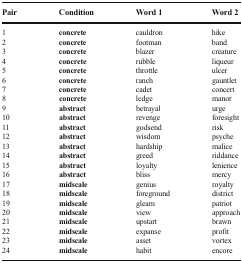
<table><thead><tr><td><b>Pair</b></td><td><b>Condition</b></td><td><b>Word 1</b></td><td><b>Word 2</b></td></tr></thead><tbody><tr><td>1</td><td><b>concrete</b></td><td>cauldron</td><td>hike</td></tr><tr><td>2</td><td><b>concrete</b></td><td>footman</td><td>band</td></tr><tr><td>3</td><td><b>concrete</b></td><td>blazer</td><td>creature</td></tr><tr><td>4</td><td><b>concrete</b></td><td>rubble</td><td>liqueur</td></tr><tr><td>5</td><td><b>concrete</b></td><td>throttle</td><td>ulcer</td></tr><tr><td>6</td><td><b>concrete</b></td><td>ranch</td><td>gauntlet</td></tr><tr><td>7</td><td><b>concrete</b></td><td>cadet</td><td>concert</td></tr><tr><td>8</td><td><b>concrete</b></td><td>ledge</td><td>manor</td></tr><tr><td>9</td><td><b>abstract</b></td><td>betrayal</td><td>urge</td></tr><tr><td>10</td><td><b>abstract</b></td><td>revenge</td><td>foresight</td></tr><tr><td>11</td><td><b>abstract</b></td><td>godsend</td><td>risk</td></tr><tr><td>12</td><td><b>abstract</b></td><td>wisdom</td><td>psyche</td></tr><tr><td>13</td><td><b>abstract</b></td><td>hardship</td><td>malice</td></tr><tr><td>14</td><td><b>abstract</b></td><td>greed</td><td>riddance</td></tr><tr><td>15</td><td><b>abstract</b></td><td>loyalty</td><td>lenience</td></tr><tr><td>16</td><td><b>abstract</b></td><td>bliss</td><td>mercy</td></tr><tr><td>17</td><td><b>midscale</b></td><td>genius</td><td>royalty</td></tr><tr><td>18</td><td><b>midscale</b></td><td>foreground</td><td>district</td></tr><tr><td>19</td><td><b>midscale</b></td><td>gleam</td><td>patriot</td></tr><tr><td>20</td><td><b>midscale</b></td><td>view</td><td>approach</td></tr><tr><td>21</td><td><b>midscale</b></td><td>upstart</td><td>brawn</td></tr><tr><td>22</td><td><b>midscale</b></td><td>expanse</td><td>profit</td></tr><tr><td>23</td><td><b>midscale</b></td><td>asset</td><td>vortex</td></tr><tr><td>24</td><td><b>midscale</b></td><td>habit</td><td>encore</td></tr></tbody></table>